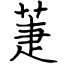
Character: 萐